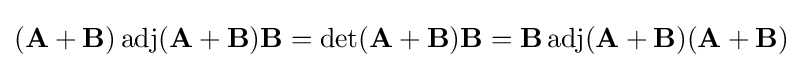
(\mathbf {A} +\mathbf {B} )\operatorname {adj} (\mathbf {A} +\mathbf {B} )\mathbf {B} =\det(\mathbf {A} +\mathbf {B} )\mathbf {B} =\mathbf {B} \operatorname {adj} (\mathbf {A} +\mathbf {B} )(\mathbf {A} +\mathbf {B} )